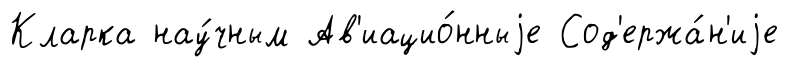
Кларка нау́чным Ав'иацио́нныjе Сод'ержа́н'иjе